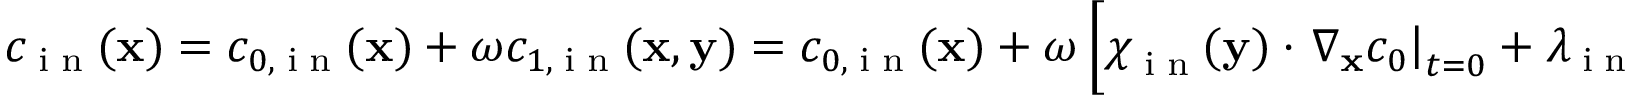
\begin{array} { r } { c _ { \tiny \mathrm { ~ i ~ n ~ } } ( \textbf x ) = c _ { 0 , \tiny \mathrm { ~ i ~ n ~ } } ( \textbf x ) + \omega c _ { 1 , \tiny \mathrm { ~ i ~ n ~ } } ( \textbf x , \mathbf y ) = c _ { 0 , \tiny \mathrm { ~ i ~ n ~ } } ( \textbf x ) + \omega \left[ \boldsymbol \chi _ { \tiny \mathrm { ~ i ~ n ~ } } ( \mathbf y ) \cdot \left. \nabla _ { \mathbf x } c _ { 0 } \right| _ { t = 0 } + \lambda _ { \tiny \mathrm { ~ i ~ n ~ } } ( \mathbf y ) \left. \frac { \partial c _ { 0 } } { \partial t } \right| _ { t = 0 } + \overline { c } _ { 1 } ( \mathbf x , t = 0 ) \right] } \end{array}